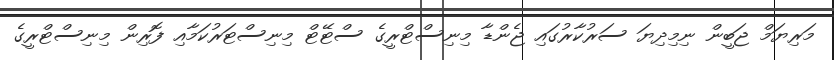
މަރިޔަމް ޖަބީން ނިމިދިޔަ ސަރުކާރުގައި ޖެންޑާ މިނިސްޓްރީގެ ސްޓޭޓް މިނިސްޓަރުކަމާއި ފޮރިން މިނިސްޓްރީގެ